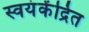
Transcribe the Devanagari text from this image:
स्वयंकेंद्रित